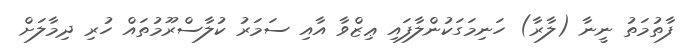
ފާތުމަތު ނީނާ (ލާރާ) ހަނިމަގަކުންލާފައި ޢިޒްވާ އާއި ސަމަރު ކުލާސްރޫމުތައް ހުރި ދިމާލަށް